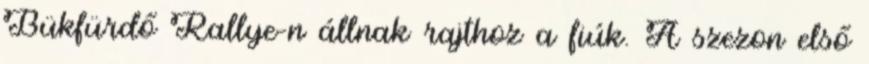
Bükfürdő Rallye-n állnak rajthoz a fiúk. A szezon első